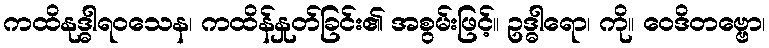
ကထိနုဒ္ဓါရဝသေန၊ ကထိန်နှုတ်ခြင်း၏ အစွမ်းဖြင့်။ ဥဒ္ဓါရော၊ ကို။ ဝေဒိတဗ္ဗော၊